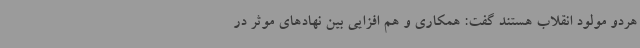
هردو مولود انقلاب هستند گفت: همکاری و هم افزایی بین نهادهای موثر در